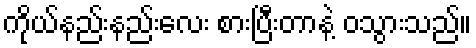
ကိုယ်နည်းနည်းလေး စားပြီးတာနဲ့ ဝသွားသည်။